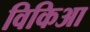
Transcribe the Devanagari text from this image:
विकिआ